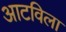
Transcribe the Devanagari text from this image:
आटविला